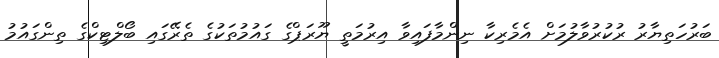
ބަރުހަތިޔާރު ރުކުރުވާލުމަށް އެމެރިކާ ނިންމާފައިވާ އިރުމަތީ ޔޫރަޕްގެ ގައުމުތަކުގެ ތެރޭގައި ބޯލްޓިކްގެ ތިންގައުމު